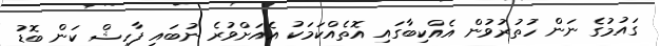
ގައުމުގެ ނަން ހުތުރުވުން އެއްކިބާގައި އޮތެއްކަމަކު އެއަށްވުރެ ނުބައި ފާހިޝް ކަން ބޮޑު